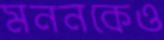
মননকেও